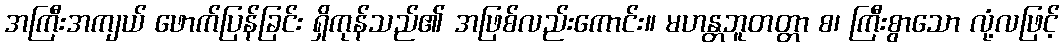
အကြီးအကျယ် ဖောက်ပြန်ခြင်း ရှိကုန်သည်၏ အဖြစ်လည်းကောင်း။ မဟန္တဘူတတ္တာ စ၊ ကြီးစွာသော လုံ့လဖြင့်